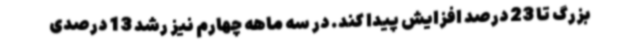
بزرگ تا 23 درصد افزایش پیدا کند. در سه ماهه چهارم نیز رشد 13 درصدی